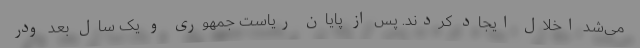
می‌شد اخلال ایجاد ‌کردند. پس از پایان ریاست جمهوری و یک سال بعد ودر